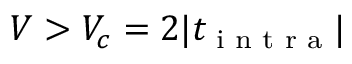
V > V _ { c } = 2 | t _ { \textrm { i n t r a } } |